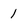
Character: 1